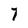
Character: 7